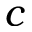
c